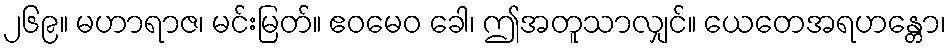
၂၆၉။ မဟာရာဇ၊ မင်းမြတ်။ ဧဝမေဝ ခေါ၊ ဤအတူသာလျှင်။ ယေတေအရဟန္တော၊